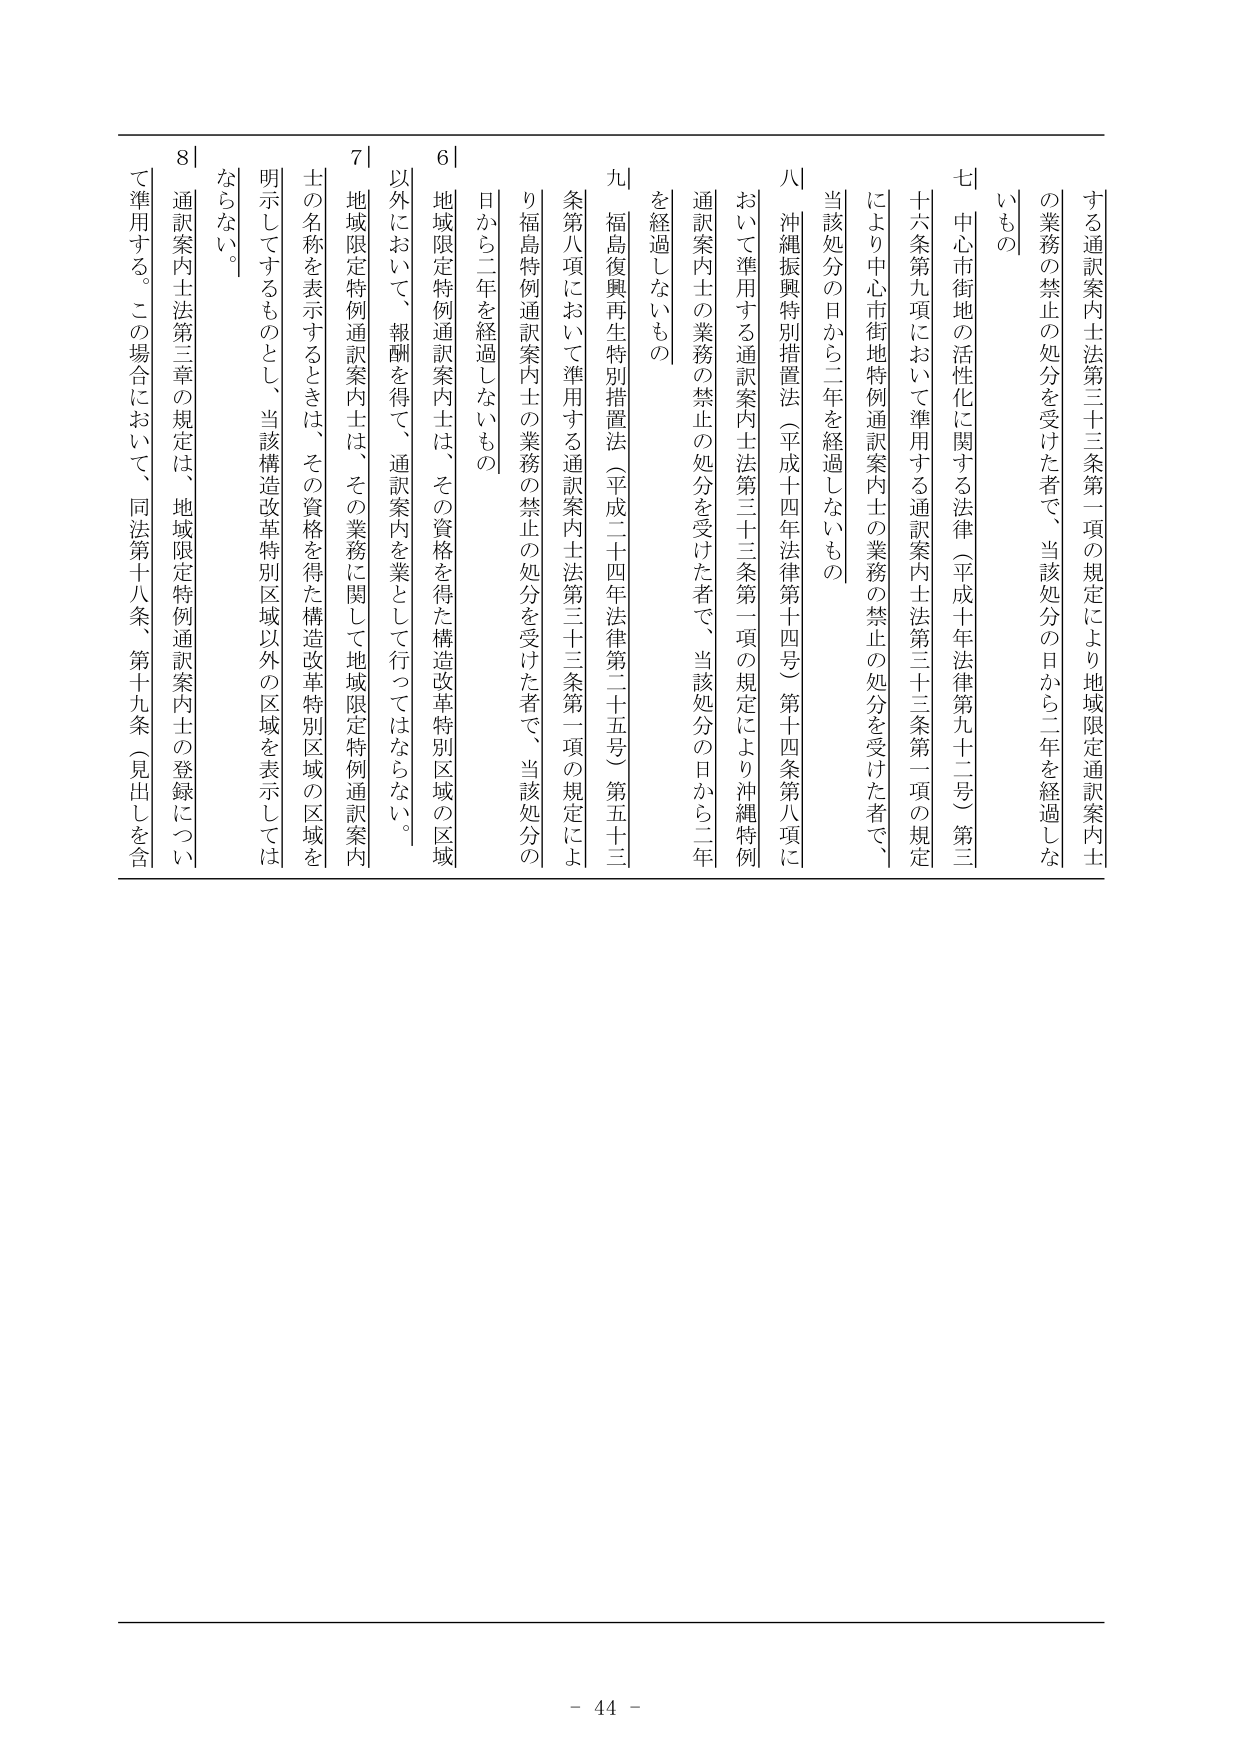
する通訳案内士法第三十三条第一項の規定により地域限定通訳案内士の業務の禁止の処分を受けた者で、当該処分の日から二年を経過しないもの

七 中心市街地の活性化に関する法律（平成十年法律第九十二号）第三十六条第九項において準用する通訳案内士法第三十三条第一項の規定により中心市街地特例通訳案内士の業務の禁止の処分を受けた者で、当該処分の日から二年を経過しないもの

八 沖縄振興特別措置法（平成十四年法律第十四号）第十四条第八項において準用する通訳案内士法第三十三条第一項の規定により沖縄特例通訳案内士の業務の禁止の処分を受けた者で、当該処分の日から二年を経過しないもの

九 福島復興再生特別措置法（平成二十四年法律第二十五号）第五十三条第八項において準用する通訳案内士法第三十三条第一項の規定により福島特例通訳案内士の業務の禁止の処分を受けた者で、当該処分の日から二年を経過しないもの

六 地域限定特例通訳案内士は、その資格を得た構造改革特別区域の区域以外において、報酬を得て、通訳案内を業として行ってはならない。

七 地域限定特例通訳案内士は、その業務に関して地域限定特例通訳案内士の名称を表示するときは、その資格を得た構造改革特別区域の区域を明示してするものとし、当該構造改革特別区域以外の区域を表示してはならない。

八 通訳案内士法第三章の規定は、地域限定特例通訳案内士の登録について準用する。この場合において、同法第十八条、第十九条（見出しを含む）